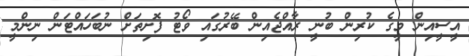
އީސީއިން މީގެ ކުރިން ބުނީ ރާއްޖެއިން ބޭރުގައި ވޯޓު ފޮށިތަށް ނުބަހައްޓަން ނިންމީ